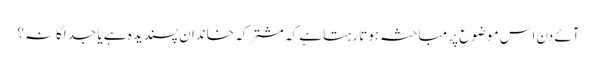
آئے دن اس موضوع پر مباحثہ ہوتا رہتا ہے کہ مشترکہ خاندان پسندیدہ ہے یا جداگانہ؟